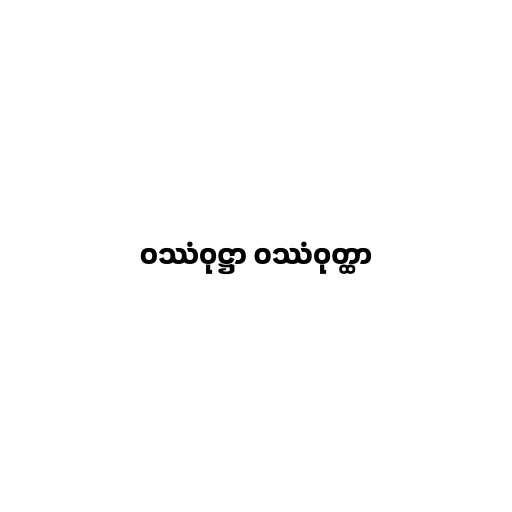
ဝဿံဝုဋ္ဌာ ဝဿံဝုတ္ထာ